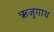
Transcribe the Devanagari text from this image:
ऋजुगाथ